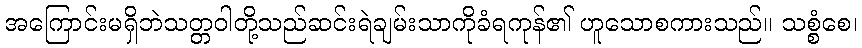
အကြောင်းမရှိဘဲသတ္တဝါတို့သည်ဆင်းရဲချမ်းသာကိုခံရကုန်၏ ဟူသောစကားသည်။ သစ္စံစေ၊